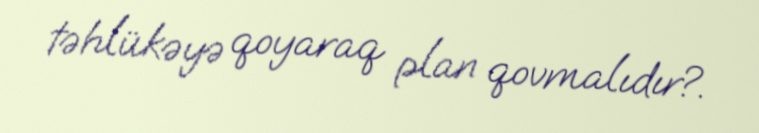
təhlükəyə qoyaraq plan qovmalıdır?.